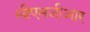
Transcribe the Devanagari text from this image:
सीएमजीआर